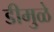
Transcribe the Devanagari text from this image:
डीमुळे